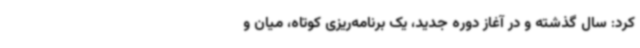
کرد: سال گذشته و در آغاز دوره جدید، یک برنامه‌ریزی کوتاه، میان و